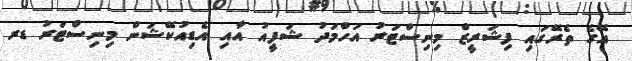
އޭގެ ތެރޭގައި ފިޝަރީޒް މިނިސްޓަރު އަހްމަދު ޝަފީއު އާއި އެޑިއުކޭޝަން މިނިސްޓަރު ޑރ